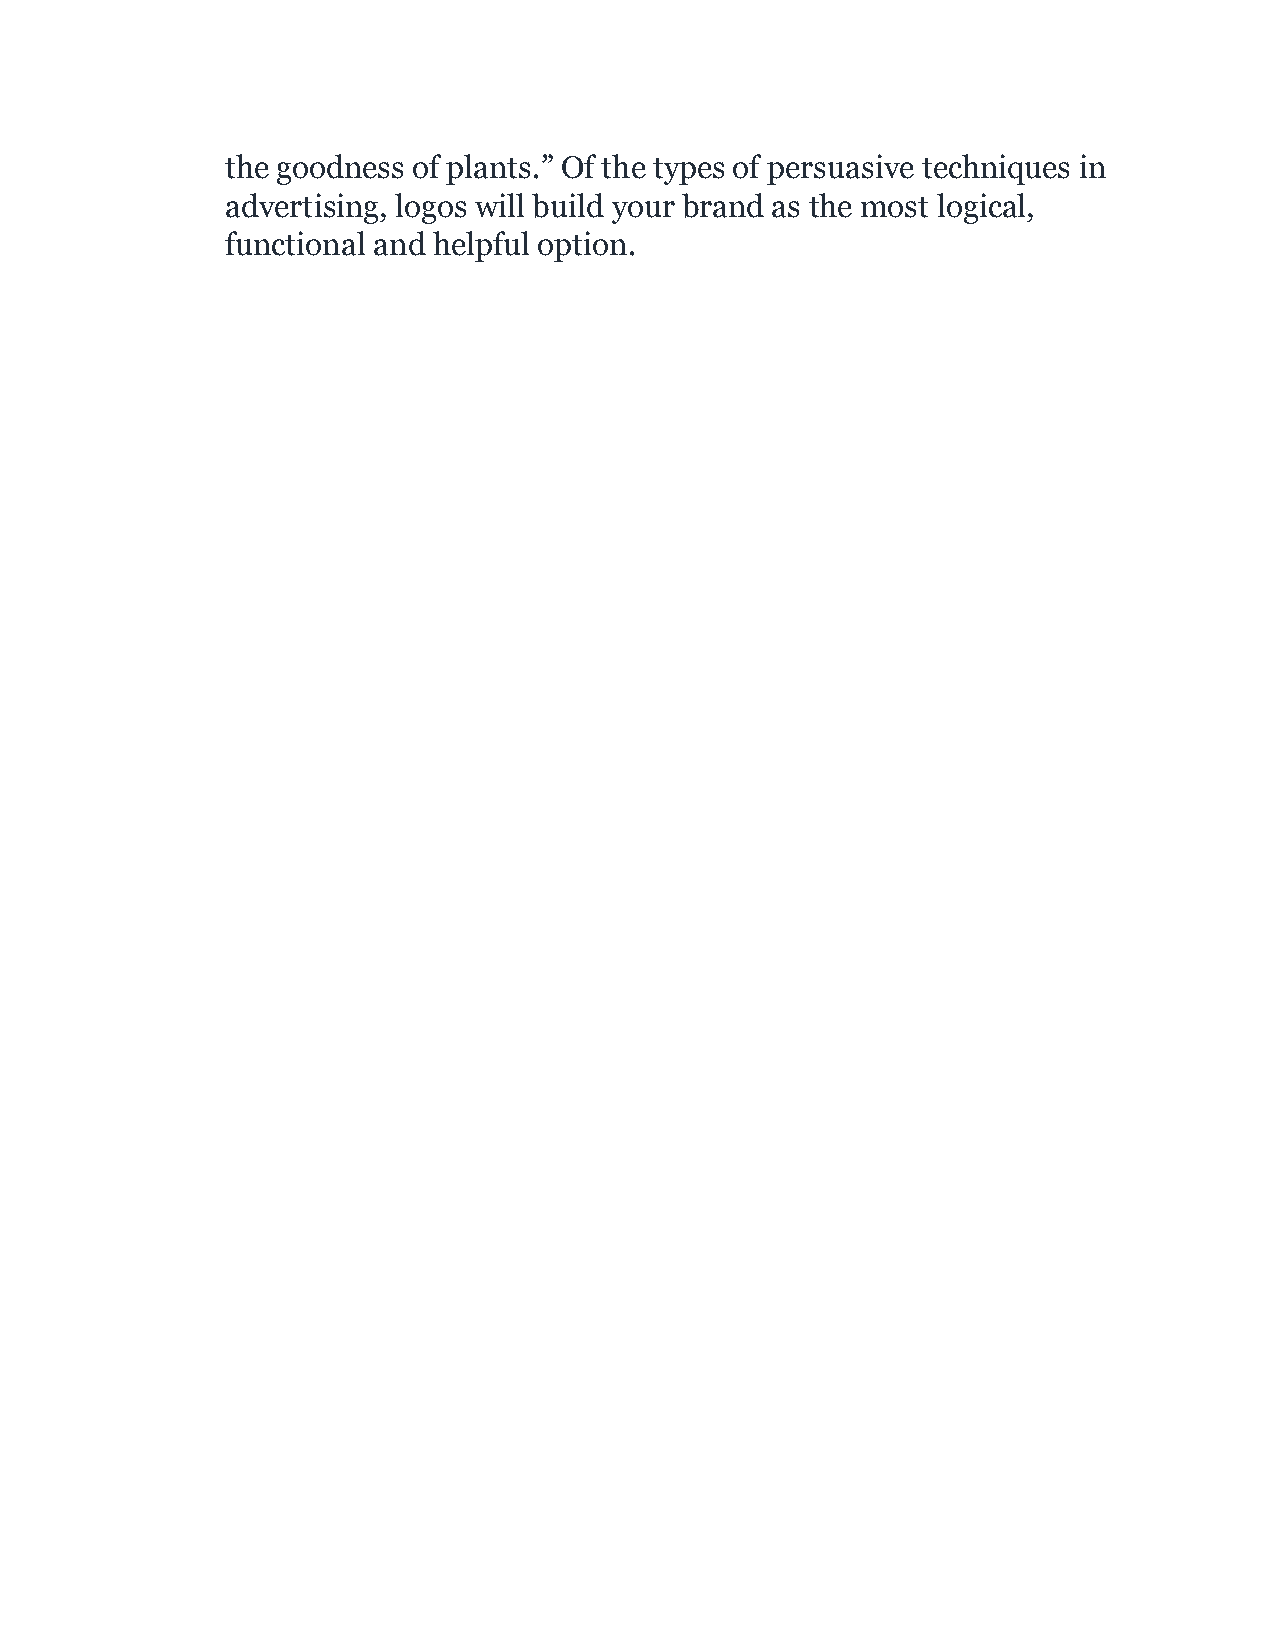
the goodness of plants.” Of the types of persuasive techniques in
 advertising, logos will build your brand as the most logical,
 functional and helpful option.